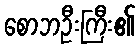
စောဘဦးကြီး၏